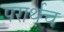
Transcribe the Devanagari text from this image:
परार्थच